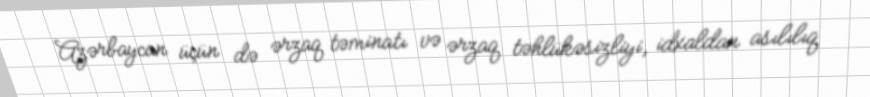
Azərbaycan üçün də ərzaq təminatı və ərzaq təhlükəsizliyi, idxaldan asılılıq